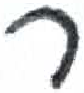
אות: ק